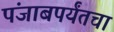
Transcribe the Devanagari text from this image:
पंजाबपर्यंतचा